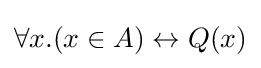
\forall x.(x\in A)\leftrightarrow Q(x)